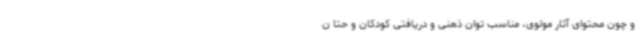
و چون محتوای آثار مولوی، مناسب توان ذهنی و دریافتی کودکان و حتا ن